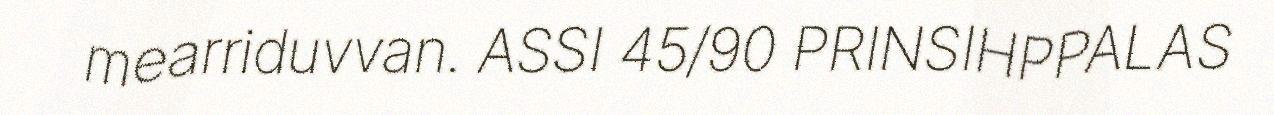
mearriduvvan. ASSI 45/90 PRINSIHPPALAS